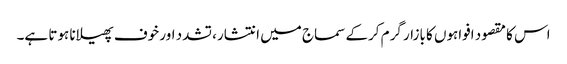
اس کا مقصود افواہوں کا بازار گرم کرکے سماج میں انتشار، تشدد اور خوف پھیلانا ہوتا ہے۔